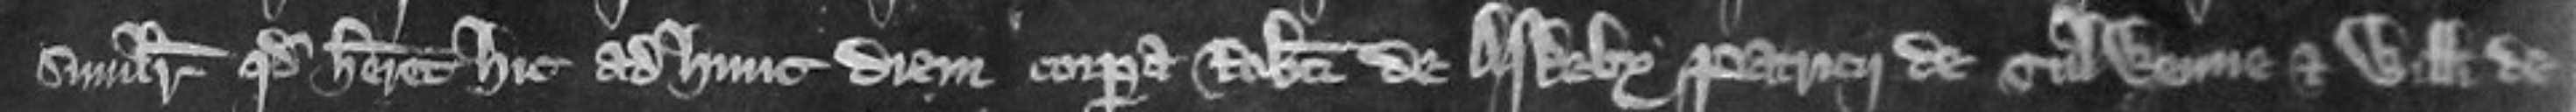
similiter quod haberet hic ad hunc diem corpora Roberti de Askeby Patricii de Tulwenne et Willelmi de